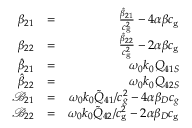
\begin{array} { r l r } { \beta _ { 2 1 } } & { = } & { \frac { \hat { \beta } _ { 2 1 } } { c _ { \mathrm { g } } ^ { 2 } } - 4 \alpha \beta c _ { \mathrm { g } } } \\ { \beta _ { 2 2 } } & { = } & { \frac { \hat { \beta } _ { 2 2 } } { c _ { \mathrm { g } } ^ { 2 } } - 2 \alpha \beta c _ { \mathrm { g } } } \\ { \hat { \beta } _ { 2 1 } } & { = } & { \omega _ { 0 } k _ { 0 } Q _ { 4 1 S } } \\ { \hat { \beta } _ { 2 2 } } & { = } & { \omega _ { 0 } k _ { 0 } Q _ { 4 2 S } } \\ { \mathcal { B } _ { 2 1 } } & { = } & { \omega _ { 0 } k _ { 0 } \tilde { Q } _ { 4 1 } / c _ { g } ^ { 2 } - 4 \alpha \beta _ { D } c _ { g } } \\ { \mathcal { B } _ { 2 2 } } & { = } & { \omega _ { 0 } k _ { 0 } \tilde { Q } _ { 4 2 } / c _ { \mathrm { g } } ^ { 2 } - 2 \alpha \beta _ { D } c _ { \mathrm { g } } } \end{array}